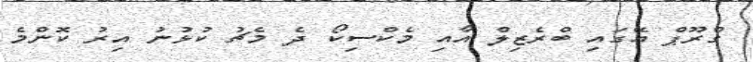
ގްރޫޕް އޭގައި ބްރެޒިލް އާއި މެކްސިކޯ ދެ މެޗު ކުޅުނު އިރު ކޮންމެ